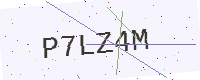
Text: P7LZ4M